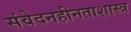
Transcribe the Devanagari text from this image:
संवेदनहीनताशास्त्र